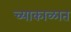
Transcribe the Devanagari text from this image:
च्याकाळात